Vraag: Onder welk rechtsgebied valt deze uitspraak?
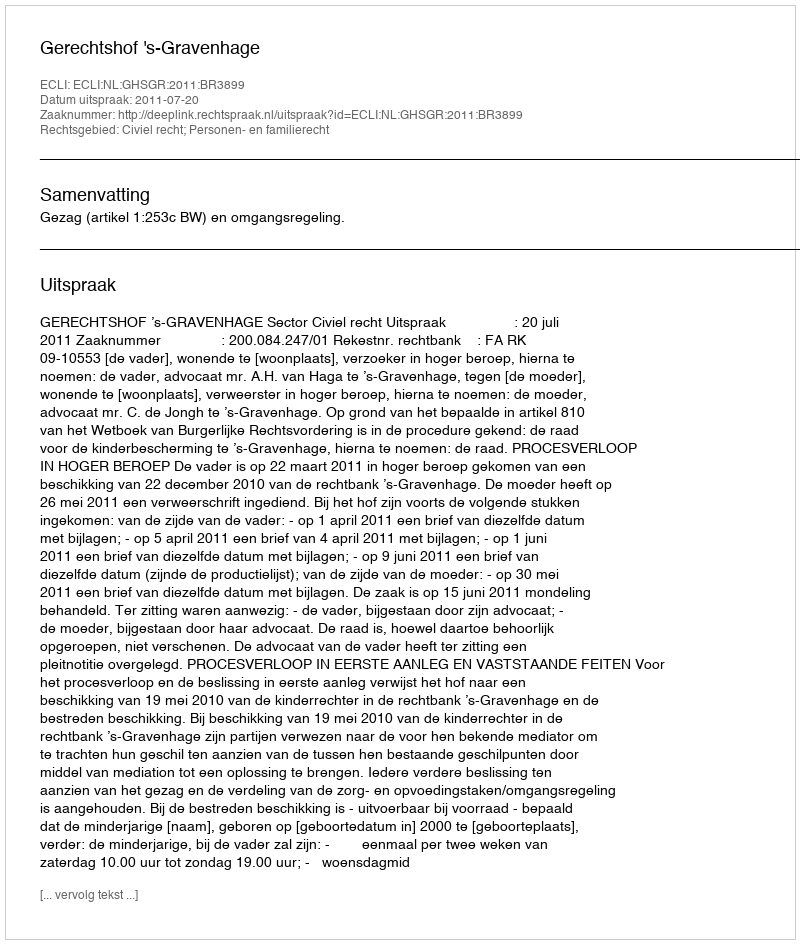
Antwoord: Civiel recht; Personen- en familierecht